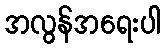
အလွန်အရေးပါ